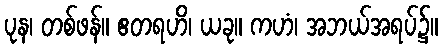
ပုန၊ တစ်ဖန်။ ဧတရဟိ၊ ယခု။ ကဟံ၊ အဘယ်အရပ်၌။